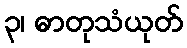
၃၊ ဓာတုသံယုတ်